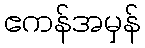
ဧကန်အမှန်